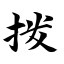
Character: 拨